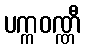
ပက္ကဝဏ္ဏီ